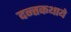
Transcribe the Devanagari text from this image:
दन्तकथाये